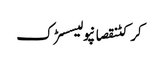
کرکٹنقصانپولیسسڑک